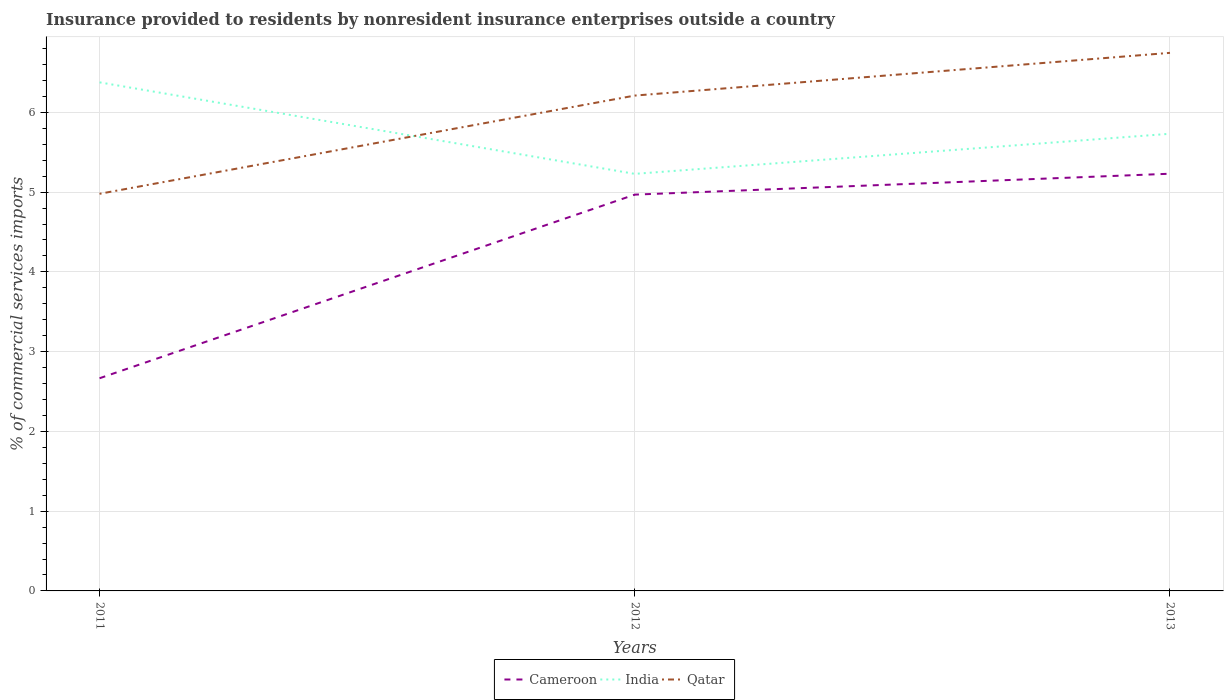
| Years | Cameroon | India | Qatar |
 | --- | --- | --- | --- |
 | 2011 | 2.67 | 6.38 | 4.98 |
 | 2012 | 4.97 | 5.23 | 6.21 |
 | 2013 | 5.23 | 5.73 | 6.75 |